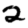
Digit: 2